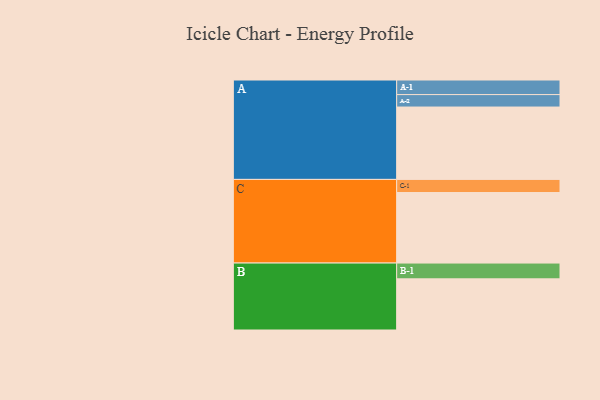
{"axis": {"x": "Segment", "y": "Value"}, "legend": ["", "A", "B", "C"], "data": [{"x": "A", "y": 546, "type": ""}, {"x": "B", "y": 386, "type": ""}, {"x": "C", "y": 532, "type": ""}, {"x": "A-1", "y": 110, "type": "A"}, {"x": "A-2", "y": 94, "type": "A"}, {"x": "B-1", "y": 119, "type": "B"}, {"x": "C-1", "y": 99, "type": "C"}]}